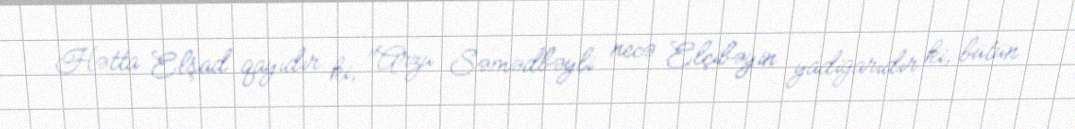
Hətta Elşad qayıdır ki, "Arzu Səmədbəyli necə Elçibəyin yadigarıdır ki, bütün